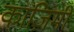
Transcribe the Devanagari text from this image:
काज़िमी